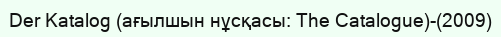
Der Katalog (ағылшын нұсқасы: The Catalogue)-(2009)